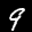
Label: 9